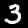
Digit: 3